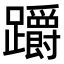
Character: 𨇺